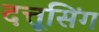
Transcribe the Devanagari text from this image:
दत्तूसिंग